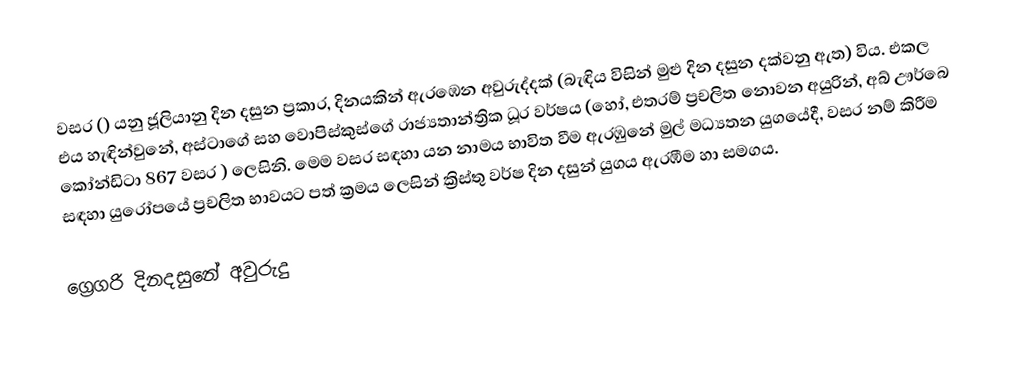

වසර   () යනු  ජූලියානු දින දසුන ප්‍රකාර,    දිනයකින් ඇරඹෙන  අවුරුද්දක්   (බැඳිය විසින් මුළු දින දසුන දක්වනු ඇත)  විය. එකල එය හැඳින්වුනේ, 	අස්ටාගේ	 සහ 	වොපිස්කුස්ගේ	  රාජ්‍යතාන්ත්‍රික  ධූර වර්ෂය  (හෝ, එතරම් ප්‍රචලිත නොවන අයුරින්,  අබ් ඌර්බෙ කෝන්ඩිටා 	867	  වසර  ) ලෙසිනි. මෙම වසර සඳහා   යන නාමය භාවිත වීම ඇරඹුනේ මුල් මධ්‍යතන යුගයේදී, වසර නම් කිරීම සඳහා යුරෝපයේ ප්‍රචලිත භාවයට පත් ක්‍රමය ලෙසින් ක්‍රිස්තු වර්ෂ දින දසුන් යුගය ඇරඹීම හා සමගය.

ග්‍රෙගරි දිනදසුනේ අවුරුදු